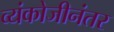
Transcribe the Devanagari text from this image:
व्यंकोजीनंतर